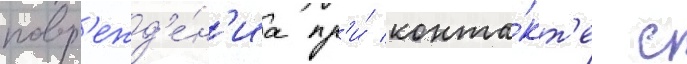
повр'ежд'е́н'иа пр'и́ конта́кт'е с